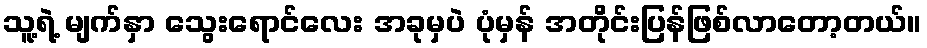
သူ့ရဲ့ မျက်နှာ သွေးရောင်လေး အခုမှပဲ ပုံမှန် အတိုင်းပြန်ဖြစ်လာတော့တယ်။